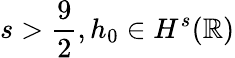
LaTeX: s>{\frac{9}{2}},h_{0}\in H^{s}(\mathbb{R})